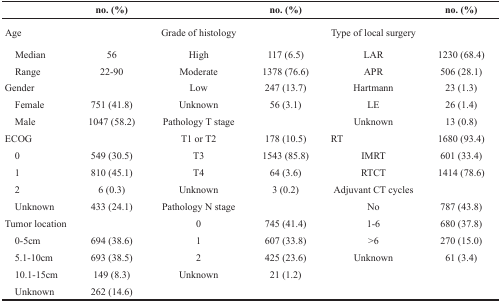
<table><thead><tr><td></td><td><b>no. (%)</b></td><td></td><td><b>no. (%)</b></td><td></td><td><b>no. (%)</b></td></tr></thead><tbody><tr><td>Age</td><td></td><td>Grade of histology</td><td></td><td>Type of local surgery</td><td></td></tr><tr><td> Median</td><td>56</td><td>High</td><td>117 (6.5)</td><td>LAR</td><td>1230 (68.4)</td></tr><tr><td> Range</td><td>22-90</td><td>Moderate</td><td>1378 (76.6)</td><td>APR</td><td>506 (28.1)</td></tr><tr><td>Gender</td><td></td><td>Low</td><td>247 (13.7)</td><td>Hartmann</td><td>23 (1.3)</td></tr><tr><td> Female</td><td>751 (41.8)</td><td>Unknown</td><td>56 (3.1)</td><td>LE</td><td>26 (1.4)</td></tr><tr><td> Male</td><td>1047 (58.2)</td><td>Pathology T stage</td><td></td><td>Unknown</td><td>13 (0.8)</td></tr><tr><td>ECOG</td><td></td><td>T1 or T2</td><td>178 (10.5)</td><td>RT</td><td>1680 (93.4)</td></tr><tr><td> 0</td><td>549 (30.5)</td><td>T3</td><td>1543 (85.8)</td><td>IMRT</td><td>601 (33.4)</td></tr><tr><td> 1</td><td>810 (45.1)</td><td>T4</td><td>64 (3.6)</td><td>RTCT</td><td>1414 (78.6)</td></tr><tr><td> 2</td><td>6 (0.3)</td><td>Unknown</td><td>3 (0.2)</td><td>Adjuvant CT cycles</td><td></td></tr><tr><td> Unknown</td><td>433 (24.1)</td><td>Pathology N stage</td><td></td><td>No</td><td>787 (43.8)</td></tr><tr><td>Tumor location</td><td></td><td>0</td><td>745 (41.4)</td><td>1-6</td><td>680 (37.8)</td></tr><tr><td> 0-5cm</td><td>694 (38.6)</td><td>1</td><td>607 (33.8)</td><td>&gt;6</td><td>270 (15.0)</td></tr><tr><td> 5.1-10cm</td><td>693 (38.5)</td><td>2</td><td>425 (23.6)</td><td>Unknown</td><td>61 (3.4)</td></tr><tr><td> 10.1-15cm</td><td>149 (8.3)</td><td>Unknown</td><td>21 (1.2)</td><td></td><td></td></tr><tr><td> Unknown</td><td>262 (14.6)</td><td></td><td></td><td></td><td></td></tr></tbody></table>